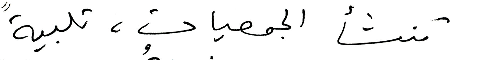
تنشأ الجمعيات، تلبيةً